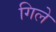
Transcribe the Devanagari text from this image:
गिले